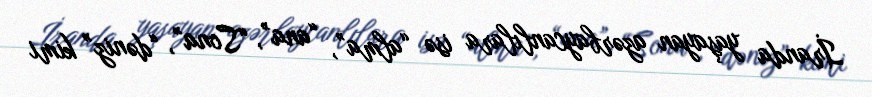
İranda yaşayan azərbaycanlılara isə “alma”, “ana”, “Sona”, “dəniz” kimi